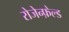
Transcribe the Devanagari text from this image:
रोजेन्फ़ेल्ड